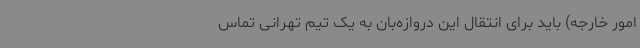
امور خارجه) باید برای انتقال این دروازه‌بان به یک تیم تهرانی تماس